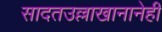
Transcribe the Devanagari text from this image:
सादतउल्लाखानानेही